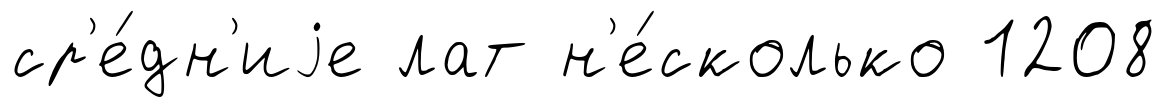
ср'е́дн'иjе лат н'е́сколько 1208